Annual administration report of the Bombay Presidency - 1887-1892
Year: 1887
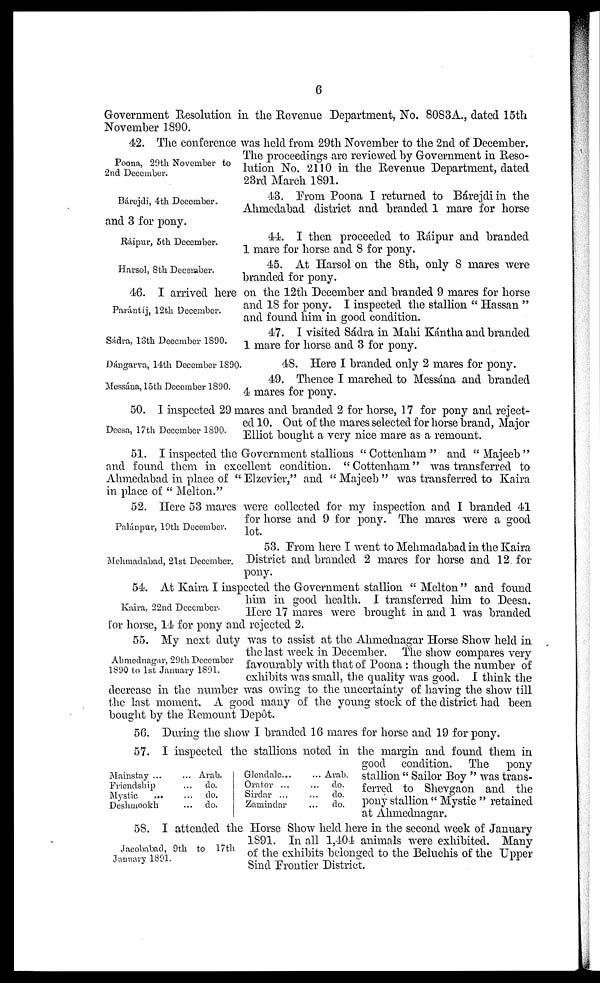
6
Government Resolution in the Revenue Department, No. 8083A., dated 15th
November 1890.
Poona, 29th November to
2nd December.
42. The conference was held from 29th November to the 2nd of December.
The proceedings are reviewed by Government in Reso-
lution No. 2110 in the Revenue Department, dated
23rd March 1891.
Bárejdi, 4th December.
43. From Poona I returned to Bárejdi in the
Ahmedabad district and branded 1 mare for horse
and 3 for pony.
Ráipur, 5th December.
44. I then proceeded to Ráipur and branded
1 mare for horse and 8 for pony.
Harsol, 8th December.
45. At Harsol on the 8th, only 8 mares were
branded for pony.
Parántíj, 12th December.
46. I arrived here on the 12th December and branded 9 mares for horse
and 18 for pony. I inspected the stallion "Hassan"
and found him in good condition.
Sádra, 13th December 1890.
47. I visited Sádra in Mahi Kántha and branded
1 mare for horse and 3 for pony.
Dángarva, 14th December 1890.
48. Here I branded only 2 mares for pony.
Messána, 15th December 1890.
49. Thence I marched to Messána and branded
4 mares for pony.
Deesa, 17th December 1890.
50. I inspected 29 mares and branded 2 for horse, 17 for pony and reject-
ed 10. Out of the mares selected for horse brand, Major
Elliot bought a very nice mare as a remount.
51. I inspected the Government stallions "Cottenham" and "Majeeb"
and found them in excellent condition. "Cottenham" was transferred to
Ahmedabad in place of "Elzevier," and "Majeeb" was transferred to Kaira
in place of "Melton."
Palánpur, 19th December.
52. Here 53 mares were collected for my inspection and I branded 41
for horse and 9 for pony. The mares were a good
lot.
Mehmadabad, 21st December.
53. From here I went to Mehmadabad in the Kaira
District and branded 2 mares for horse and 12 for
pony.
Kaira, 22nd December.
54. At Kaira I inspected the Government stallion "Melton" and found
him in good health. I transferred him to Deesa.
Here 17 mares were brought in and 1 was branded
for horse, 14 for pony and rejected 2.
Ahmednagar, 29th December
1890 to 1st January 1891.
55. My next duty was to assist at the Ahmednagar Horse Show held in
the last week in December. The show compares very
favourably with that of Poona: though the number of
exhibits was small, the quality was good. I think the
decrease in the number was owing to the uncertainty of having the show till
the last moment. A good many of the young stock of the district had been
bought by the Remount Depôt.
56. During the show I branded 16 mares for horse and 19 for pony.
Mainstay ...
Friendship
Mystic
Deshmookh
... Arab.
... do.
... do.
... do.
Glendale ...
Orator ...
Sirdar ...
Zamindar
... Arab.
... do.
...
do.
...
do.
57. I inspected the stallions noted in the margin and found them in
good condition. The pony
stallion "Sailor Boy" was trans-
ferred to Shevgaon and the
pony stallion "Mystic" retained
at Ahmednagar.
Jacobabad, 9th to 17th
January 1891.
58. I attended the Horse Show held here in the second week of January
1891. In all 1,404 animals were exhibited. Many
of the exhibits belonged to the Beluchis of the Upper
Sind Frontier District.